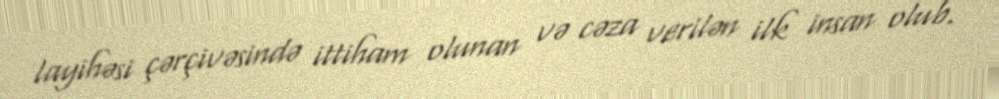
layihəsi çərçivəsində ittiham olunan və cəza verilən ilk insan olub.